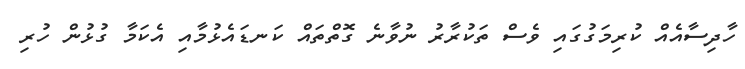
ހާދިސާއެއް ކުރިމަގުގައި ވެސް ތަކުރާރު ނުވާނެ ގޮތްތައް ކަނޑައެޅުމާއި އެކަމާ ގުޅުން ހުރި